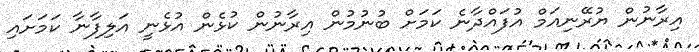
އިރާނުން ޔުރޭނިއަމް އުފައްދާނެ ކަމަށް ބުނުމުން އިރާނުން ކުޅެން އުޅެނީ އަލިފާނާ ކަމަށައި